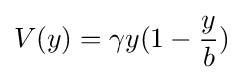
{V(y)=\gamma y(1-{y \over b})}